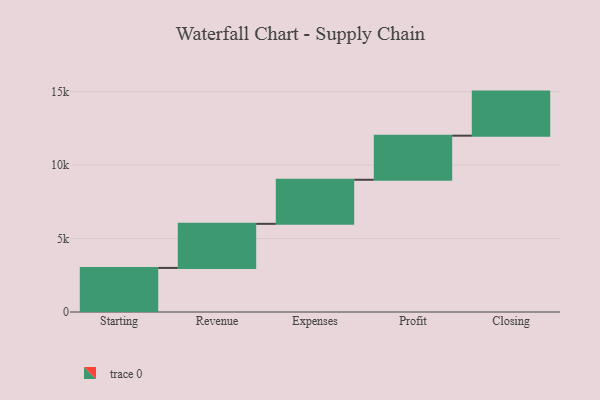
{"axis": {"x": "Step", "y": "Value"}, "legend": [""], "data": [{"x": "Starting", "y": 3000, "type": ""}, {"x": "Revenue", "y": 3000, "type": ""}, {"x": "Expenses", "y": 3000, "type": ""}, {"x": "Profit", "y": 3000, "type": ""}, {"x": "Closing", "y": 3000, "type": ""}]}